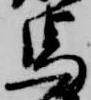
馬